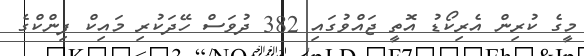
މީގެ ކުރިން އެރިކޯޑު އޮތީ ޖައްވުގައި 382 ދުވަސް ހޭދަކުރި މައިކް ފިންކްގެ